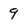
Character: 9